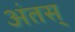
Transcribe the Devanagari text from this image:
अंतस्‌